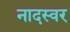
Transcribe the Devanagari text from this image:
नादस्वर